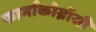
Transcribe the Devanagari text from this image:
फार्माकोग्नॉसी